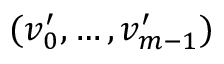
( v _ { 0 } ^ { \prime } , \ldots , v _ { m - 1 } ^ { \prime } )